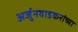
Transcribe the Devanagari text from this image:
अर्जुनवाडकरांच्या